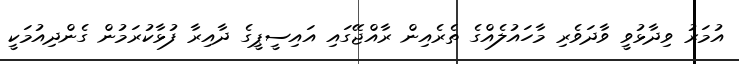
އުމަރު ވިދާޅުވީ ވާދަވެރި މާހައުލެއްގެ ތެރެއިން ރާއްޖޭގައި އައިސީޕީގެ ދާއިރާ ފުޅާކުރަމުން ގެންދިއުމަކީ